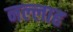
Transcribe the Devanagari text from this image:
नल्‍लाह